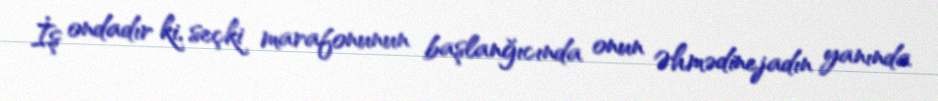
İş ondadır ki, seçki marafonunun başlanğıcında onun Əhmədinejadın yanında